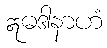
ဣဓဒါနာဟံ